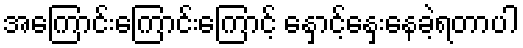
အကြောင်းကြောင်းကြောင့် နှောင့်နှေးနေခဲ့ရတာပါ